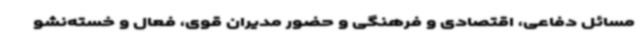
مسائل دفاعی، اقتصادی و فرهنگی و حضور مدیران قوی، فعال و خسته‌نشو